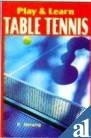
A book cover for Play and Learn Table Tennis; Priyanka Narang; Sports & Outdoors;